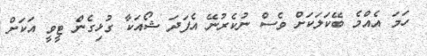
ހަމަ އެއްމެ ބޭކަލަކަށް ވެސް ނުކެރުނޭ އެފަދަ ޝޯއަކާ ގުޅިގެން ޓީވީ އަކަށް